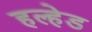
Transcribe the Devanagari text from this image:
हल्हेड